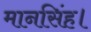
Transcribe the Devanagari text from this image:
मानसिंह।